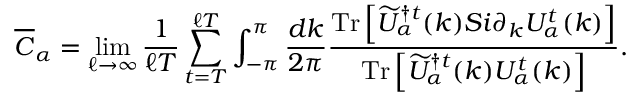
\overline { { C } } _ { \alpha } = \operatorname* { l i m } _ { \ell \rightarrow \infty } \frac { 1 } { \ell T } \sum _ { t = T } ^ { \ell T } \int _ { - \pi } ^ { \pi } \frac { d k } { 2 \pi } \frac { \mathrm { T r } \left[ \widetilde { U } _ { \alpha } ^ { \dagger t } ( k ) { \cal S } i \partial _ { k } U _ { \alpha } ^ { t } ( k ) \right] } { \mathrm { T r } \left[ \widetilde { U } _ { \alpha } ^ { \dagger t } ( k ) U _ { \alpha } ^ { t } ( k ) \right] } .